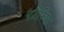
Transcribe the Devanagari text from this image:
पटैरिया